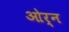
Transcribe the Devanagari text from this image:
ओर्न